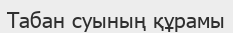
Табан суының құрамы